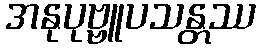
အနုပုဗ္ဗူပသန္တဿ